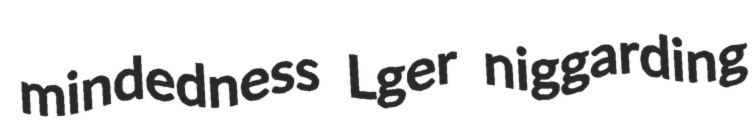
mindedness Lger niggarding